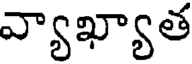
వ్యాఖ్యాత